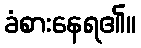
ခံစားနေရ၏။